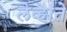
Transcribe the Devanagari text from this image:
लेव्हांते